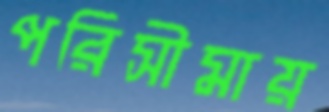
পরিসীমায়